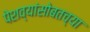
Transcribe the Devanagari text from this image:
पेशव्यांसोबतच्या